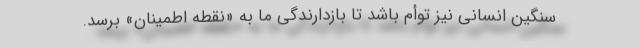
سنگین انسانی نیز توأم باشد تا بازدارندگی ما به «نقطه اطمینان» برسد.